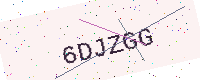
Text: 6DJZGG